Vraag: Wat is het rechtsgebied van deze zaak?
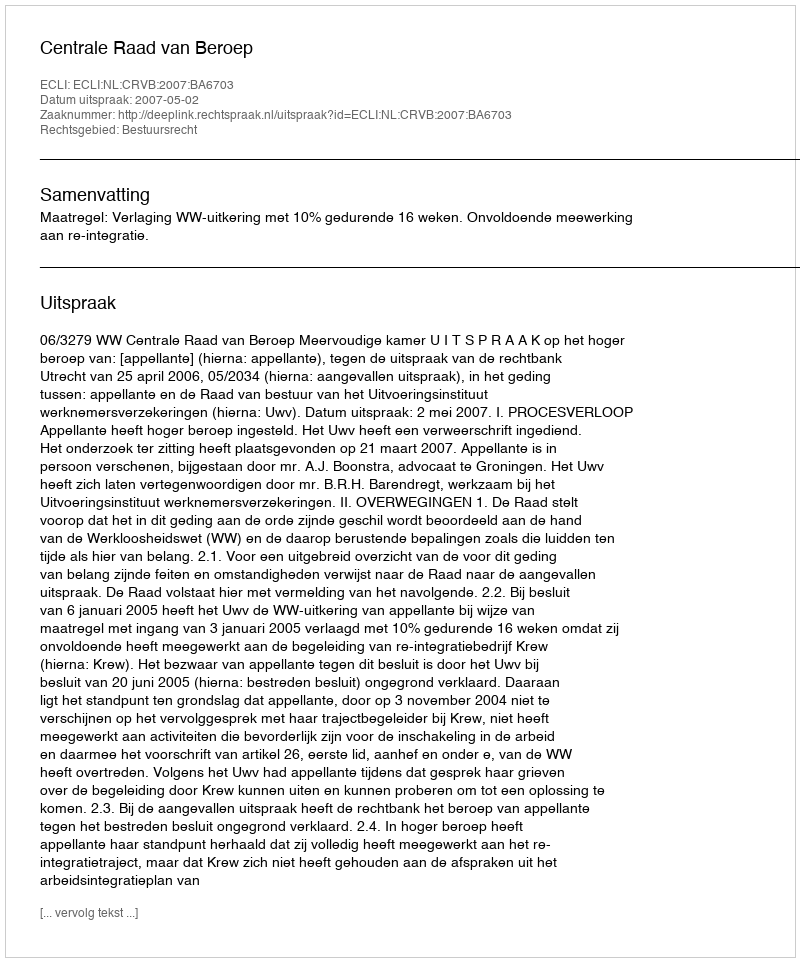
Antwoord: Bestuursrecht